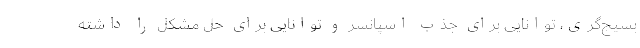
بسیج‌گری، توانایی برای جذب اسپانسر و توانایی برای حل مشکل را داشته